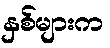
နှစ်များက